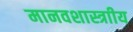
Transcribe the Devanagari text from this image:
मानवशास्त्राीय